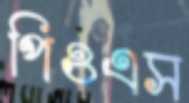
পিওএস